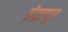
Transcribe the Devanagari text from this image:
इंद्रापूर